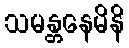
သမန္တနေမိနိ